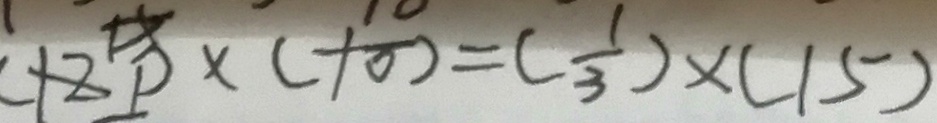
( 1 2 1 ) \times ( - 1 0 ) = ( \frac { 1 } { 3 } ) \times ( 1 5 )